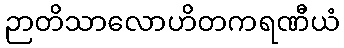
ဉာတိသာလောဟိတကရဏီယံ